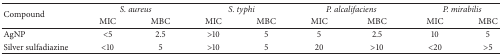
<table><thead><tr><td rowspan="2"><b>Compound </b></td><td colspan="2"><b><i>S. aureus</i></b></td><td colspan="2"><b><i> S. typhi</i></b></td><td colspan="2"><b><i>P. alcalifaciens</i></b></td><td colspan="2"><b><i>P. mirabilis</i></b></td></tr><tr><td><b>MIC</b></td><td><b>MBC</b></td><td><b> MIC</b></td><td><b>MBC</b></td><td><b>MIC</b></td><td><b>MBC</b></td><td><b>MIC</b></td><td><b>MBC</b></td></tr></thead><tbody><tr><td>AgNP</td><td>&lt;5</td><td>2.5</td><td>&gt;10</td><td>5</td><td>5</td><td>2.5</td><td>10</td><td>5</td></tr><tr><td>Silver sulfadiazine</td><td>&lt;10</td><td>5</td><td>&gt;10</td><td>5</td><td>20</td><td>&gt;10</td><td>&lt;20</td><td>&gt;5</td></tr></tbody></table>